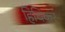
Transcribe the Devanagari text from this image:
हिचिकर